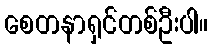
စေတနာရှင်တစ်ဦးပါ။